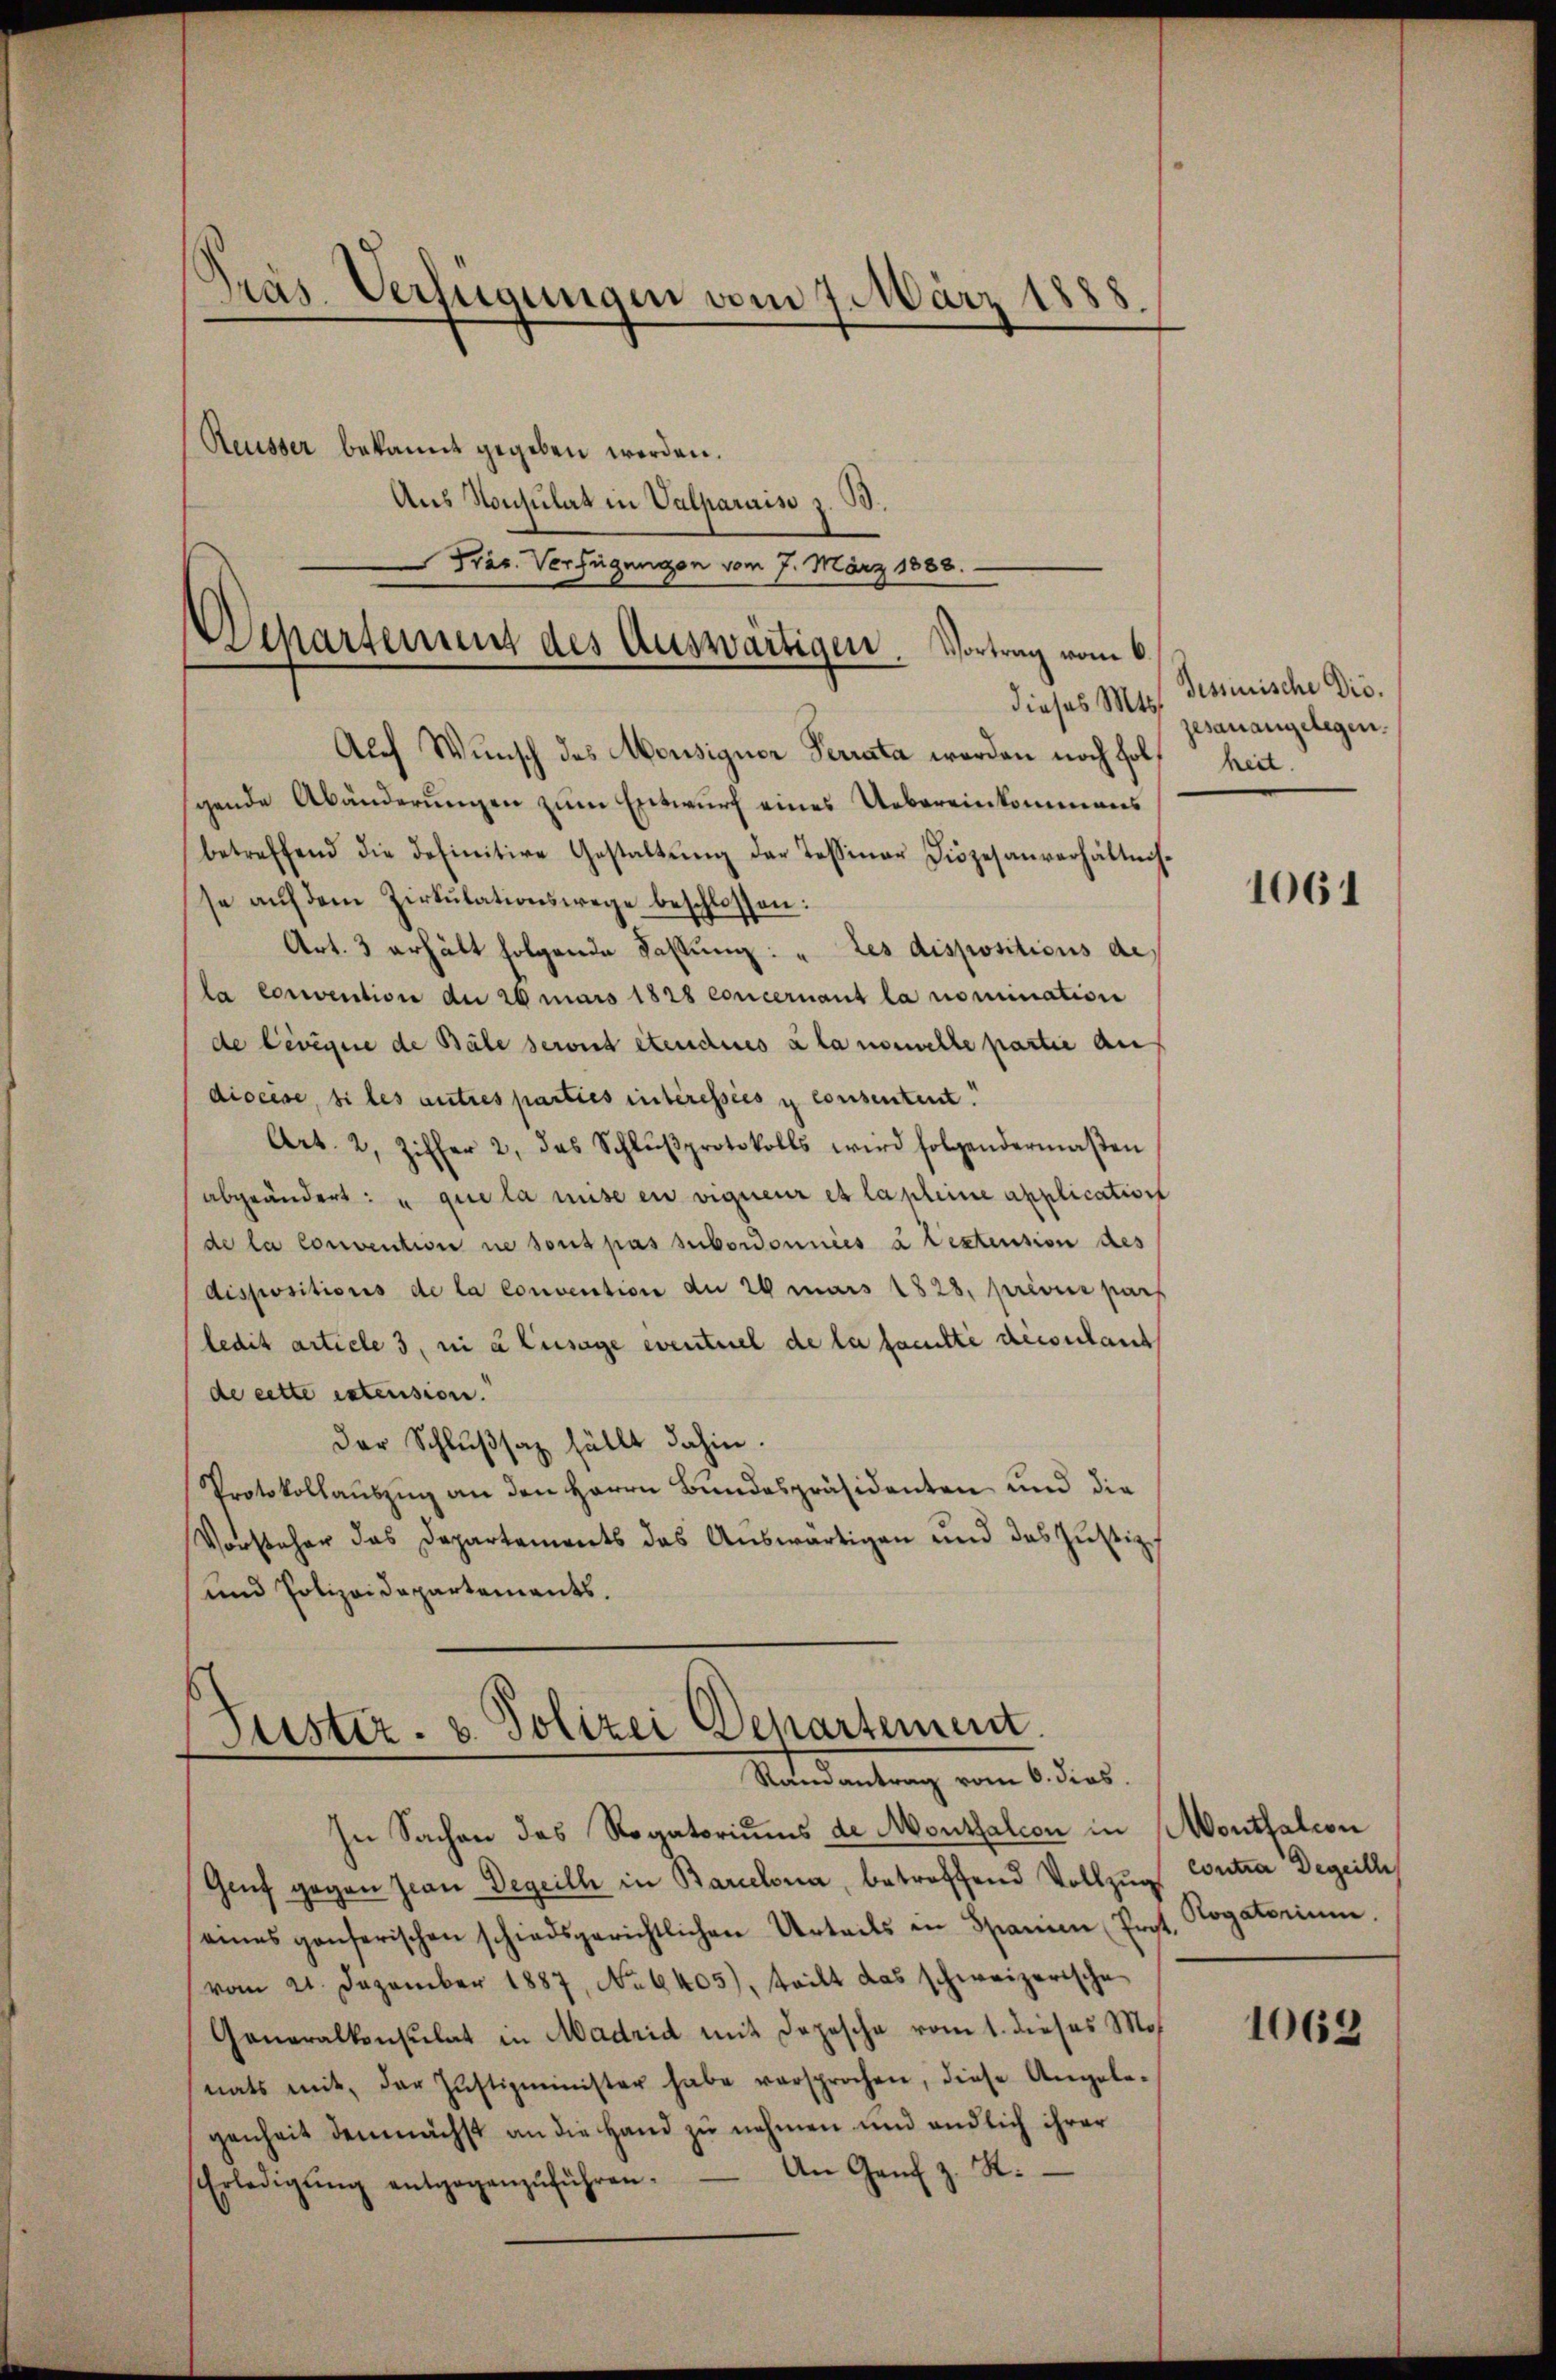
Pras-Verfügungen vom 7. März 1888.
Reusser bekannt gegeben worden.
Aus Konsulat in Valparaiso z. B.
Prar. Verfügungen vom 7. März 1888.
—

Departement des Auswärtigen. Vortrag vom 6.

Auch Wunsch des Monsigner Terrata werden noch holt heit.
gende Abänderungen zum Entwurf eines Uebereinkommens
betreffend die definitive Gestaltung der Tessiner Diözesanverhältnisse auf dem Zirkulationswege beschlossen:
Art. 3 erhält folgende Fassung: „Les dispositions de
la Convention der 20 mars 1828 concernant la nomination
de Levigne de Bäle serait étenderes à la nouvelle partie an
diocese, si les autres parties interessées y consentent.
Art. 2, Ziffer 2, das Schlŭβprotokolls wird folgendermaβen
abgeändert: u que la mise en vigneur et la pleine application
de la convention ne sont pas subordonnées à testension des
dispositions de la convention der 26 mars 1828. privia pass
ledit article 3, ni à l’usage eventuel de la famutte diesellant
de cette estension.
der Schlußsatz fällt dahin.
Protokollaŭszŭg an den Herrn Bundespräsidenten und die
Vorsteher das Departements das Auswärtigen und das Justiz
und Polizeidepartements.

Justiz- & Polizei Departement.
Randantrag vom 6. dies
In Sachen das Rogatoriums de Monthalcon in Mouttalcon

Grf gegen Jean Degeich in Barcelona, betreffend Vollzug Contra Degeille
eines ganzerischen schiedsgerichtlichen Urteils in Spanien (Prpt. Rogatorium.
vom 21. Dezember 1887, No 6405), teilt das schweizerische
Generalkonsulat in Madrid mit Depesche vom 1. dieses Mos
nats mit, der Justizminister habe versprochen, diese Angele-
genheit demnächst an die Hand zu nehmen und endlich ihrer
Erledigŭng entgegenzŭführen. An Genf z. S.

dieses Mts. Tessinische Die.
gesanangelegen.

1061

1062